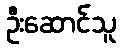
ဦးဆောင်သူ